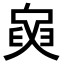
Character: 𦥺